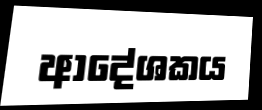
ආදේශකය